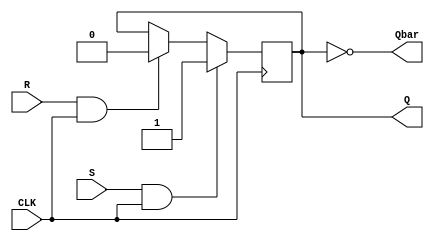
module gated_sr_flipflop (
  input S,  // Input for Set
  input R,  // Input for Reset
  input CLK, // Clock
  output reg Q, // Output
  output reg Qbar // Complementary output
);

always @(posedge CLK) begin
  if (S && CLK)
    Q <= 1;
  else if (R && CLK)
    Q <= 0;
end

assign Qbar = ~Q;

endmodule